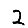
Digit: 2